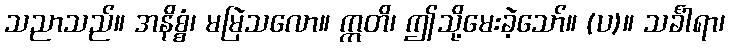
သညာသည်။ အနိစ္စံ၊ မမြဲသလော။ ဣတိ၊ ဤသို့မေးခဲ့သော်။ (ပ)။ သင်္ခါရာ၊